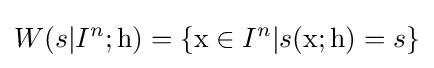
W(s|I^{n};\mathrm {h} )=\{\mathrm {x} \in I^{n}|s(\mathrm {x} ;\mathrm {h} )=s\}